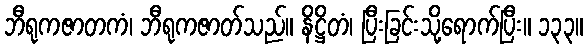
ဘီရုကဇာတကံ၊ ဘီရုကဇာတ်သည်။ နိဋ္ဌိတံ၊ ပြီးခြင်းသို့ရောက်ပြီး။ ၁၃၃။